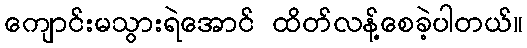
ကျောင်းမသွားရဲအောင် ထိတ်လန့်စေခဲ့ပါတယ်။